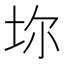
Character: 𡊑